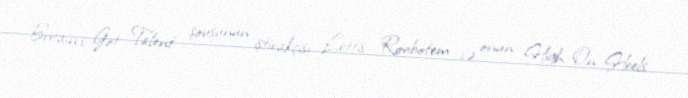
Britain's Got Talent şousunun iştirakçısı Lettis Roubotem və onun High On Heels